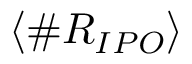
\langle \# R _ { I P O } \rangle